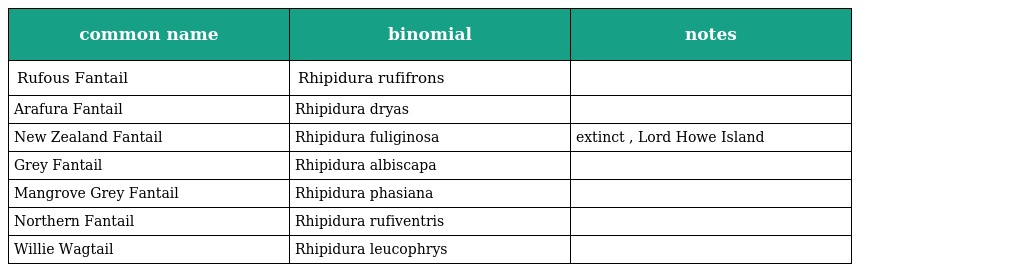
| common name | binomial | notes |
 | --- | --- | --- |
 | Rufous Fantail | Rhipidura rufifrons |  |
 | Arafura Fantail | Rhipidura dryas |  |
 | New Zealand Fantail | Rhipidura fuliginosa | extinct , Lord Howe Island |
 | Grey Fantail | Rhipidura albiscapa |  |
 | Mangrove Grey Fantail | Rhipidura phasiana |  |
 | Northern Fantail | Rhipidura rufiventris |  |
 | Willie Wagtail | Rhipidura leucophrys |  |